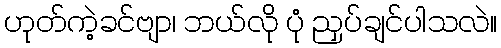
ဟုတ်ကဲ့ခင်ဗျာ၊ ဘယ်လို ပုံ ညှပ်ချင်ပါသလဲ။